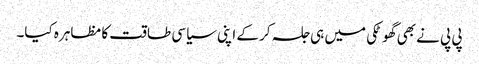
پی پی نے بھی گھوٹکی میں ہی جلسہ کر کے اپنی سیاسی طاقت کا مظاہرہ کیا۔